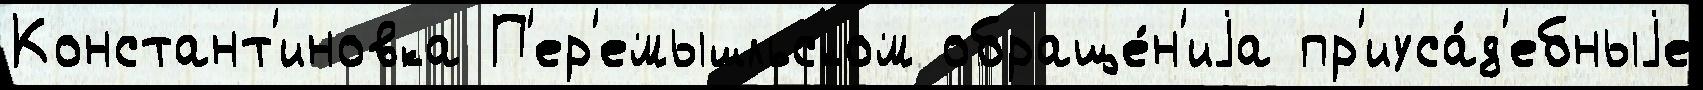
Констант'иновка П'ер'емышльском обраще́н'иjа пр'иуса́д'ебныjе